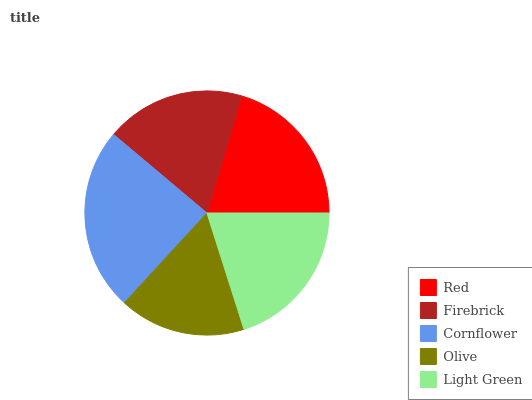
| Red | Firebrick | Cornflower | Olive | Light Green |
 | --- | --- | --- | --- | --- |
 | 20.4% | 18.5% | 24.4% | 16.7% | 20.1% |